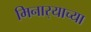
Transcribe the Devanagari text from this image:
मिनार्‍याच्या